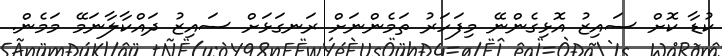
ކުޑާ ކޮށް ސައިޒު އޮޅިގެންނޭ މިފަހަރު ތަމެންނަށް ރަނގަޅަށް ސައިޒު ދައްކާލާނަމޭ މަމެން.